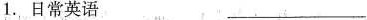
1.日常英语 ___